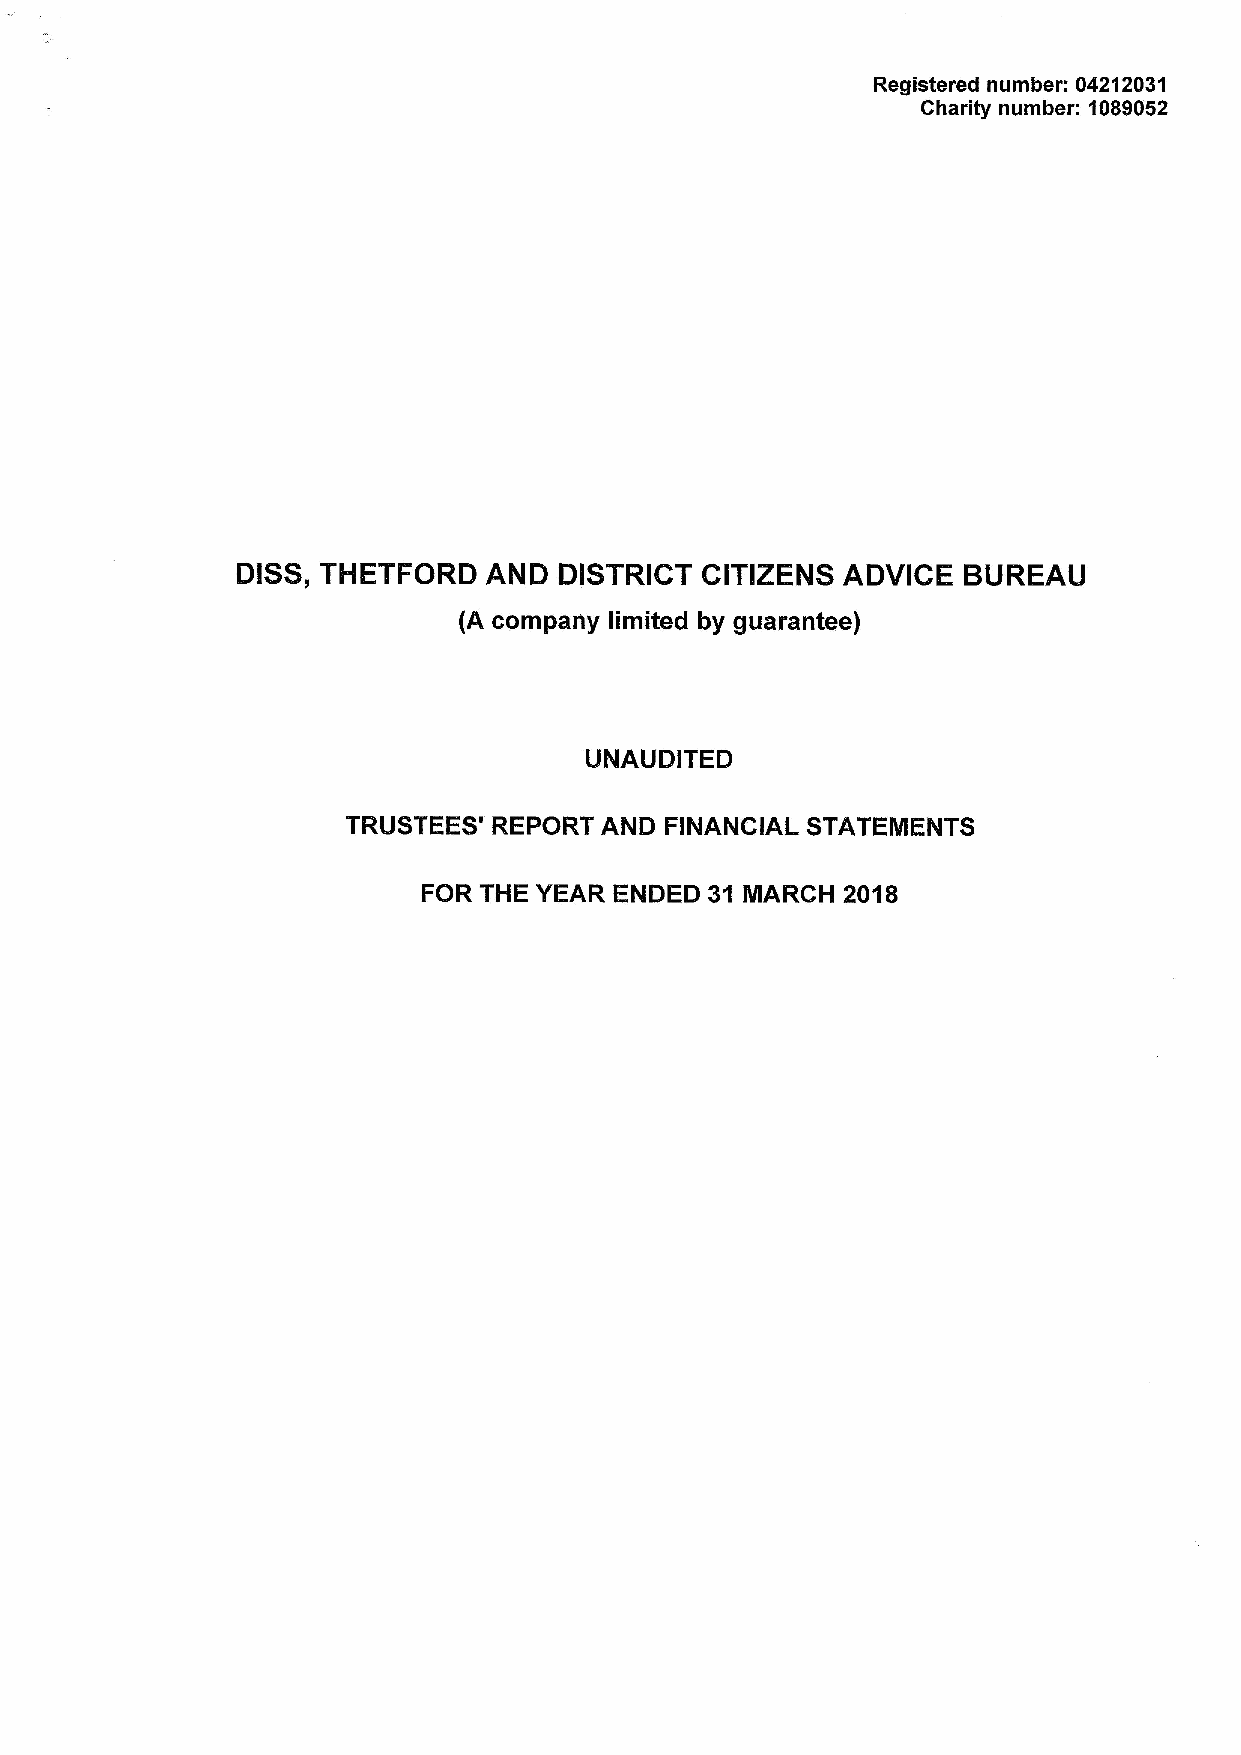
Registered number: 04212031
 Gharity number: 1089052
 DISS, THETFORD  AND  DISTRICT CITIZENS  ADVICE  BUREAU
 {Acompany limited by guarantee)
 UNAUDITED
 TRUSTEES' REPORT AND FINANCIAL STATEMENTS
 FOR THE YEAR ENDED 31 MARCH 2018